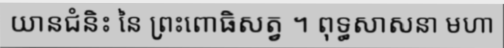
យានជំនិះ នៃ ព្រះពោធិសត្វ ។ ពុទ្ធសាសនា មហា